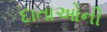
દાતાઓની